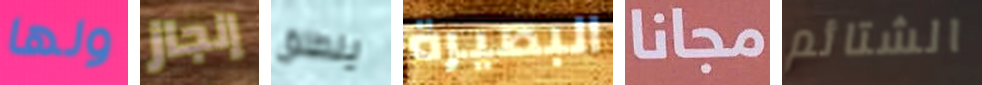
ولها إنجاز ينطلق البصيرة مجانا الشتائم